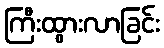
ကြီးထွားလာခြင်း